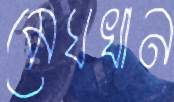
মেঘখান